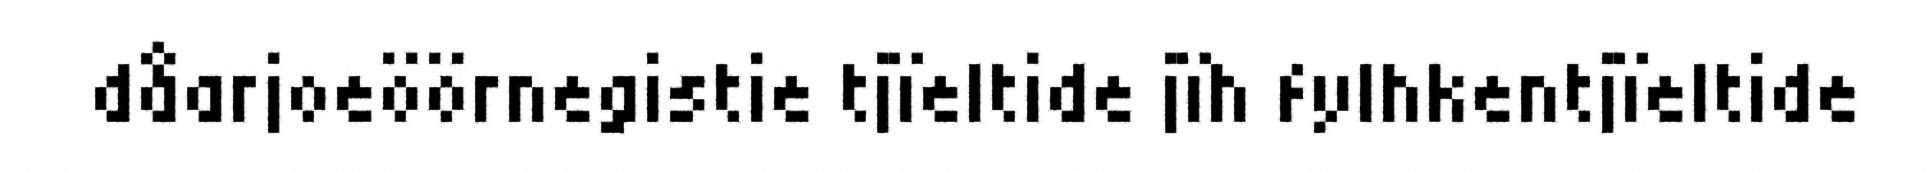
dåarjoeöörnegistie tjïeltide jïh fylhkentjïeltide